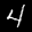
Label: 4